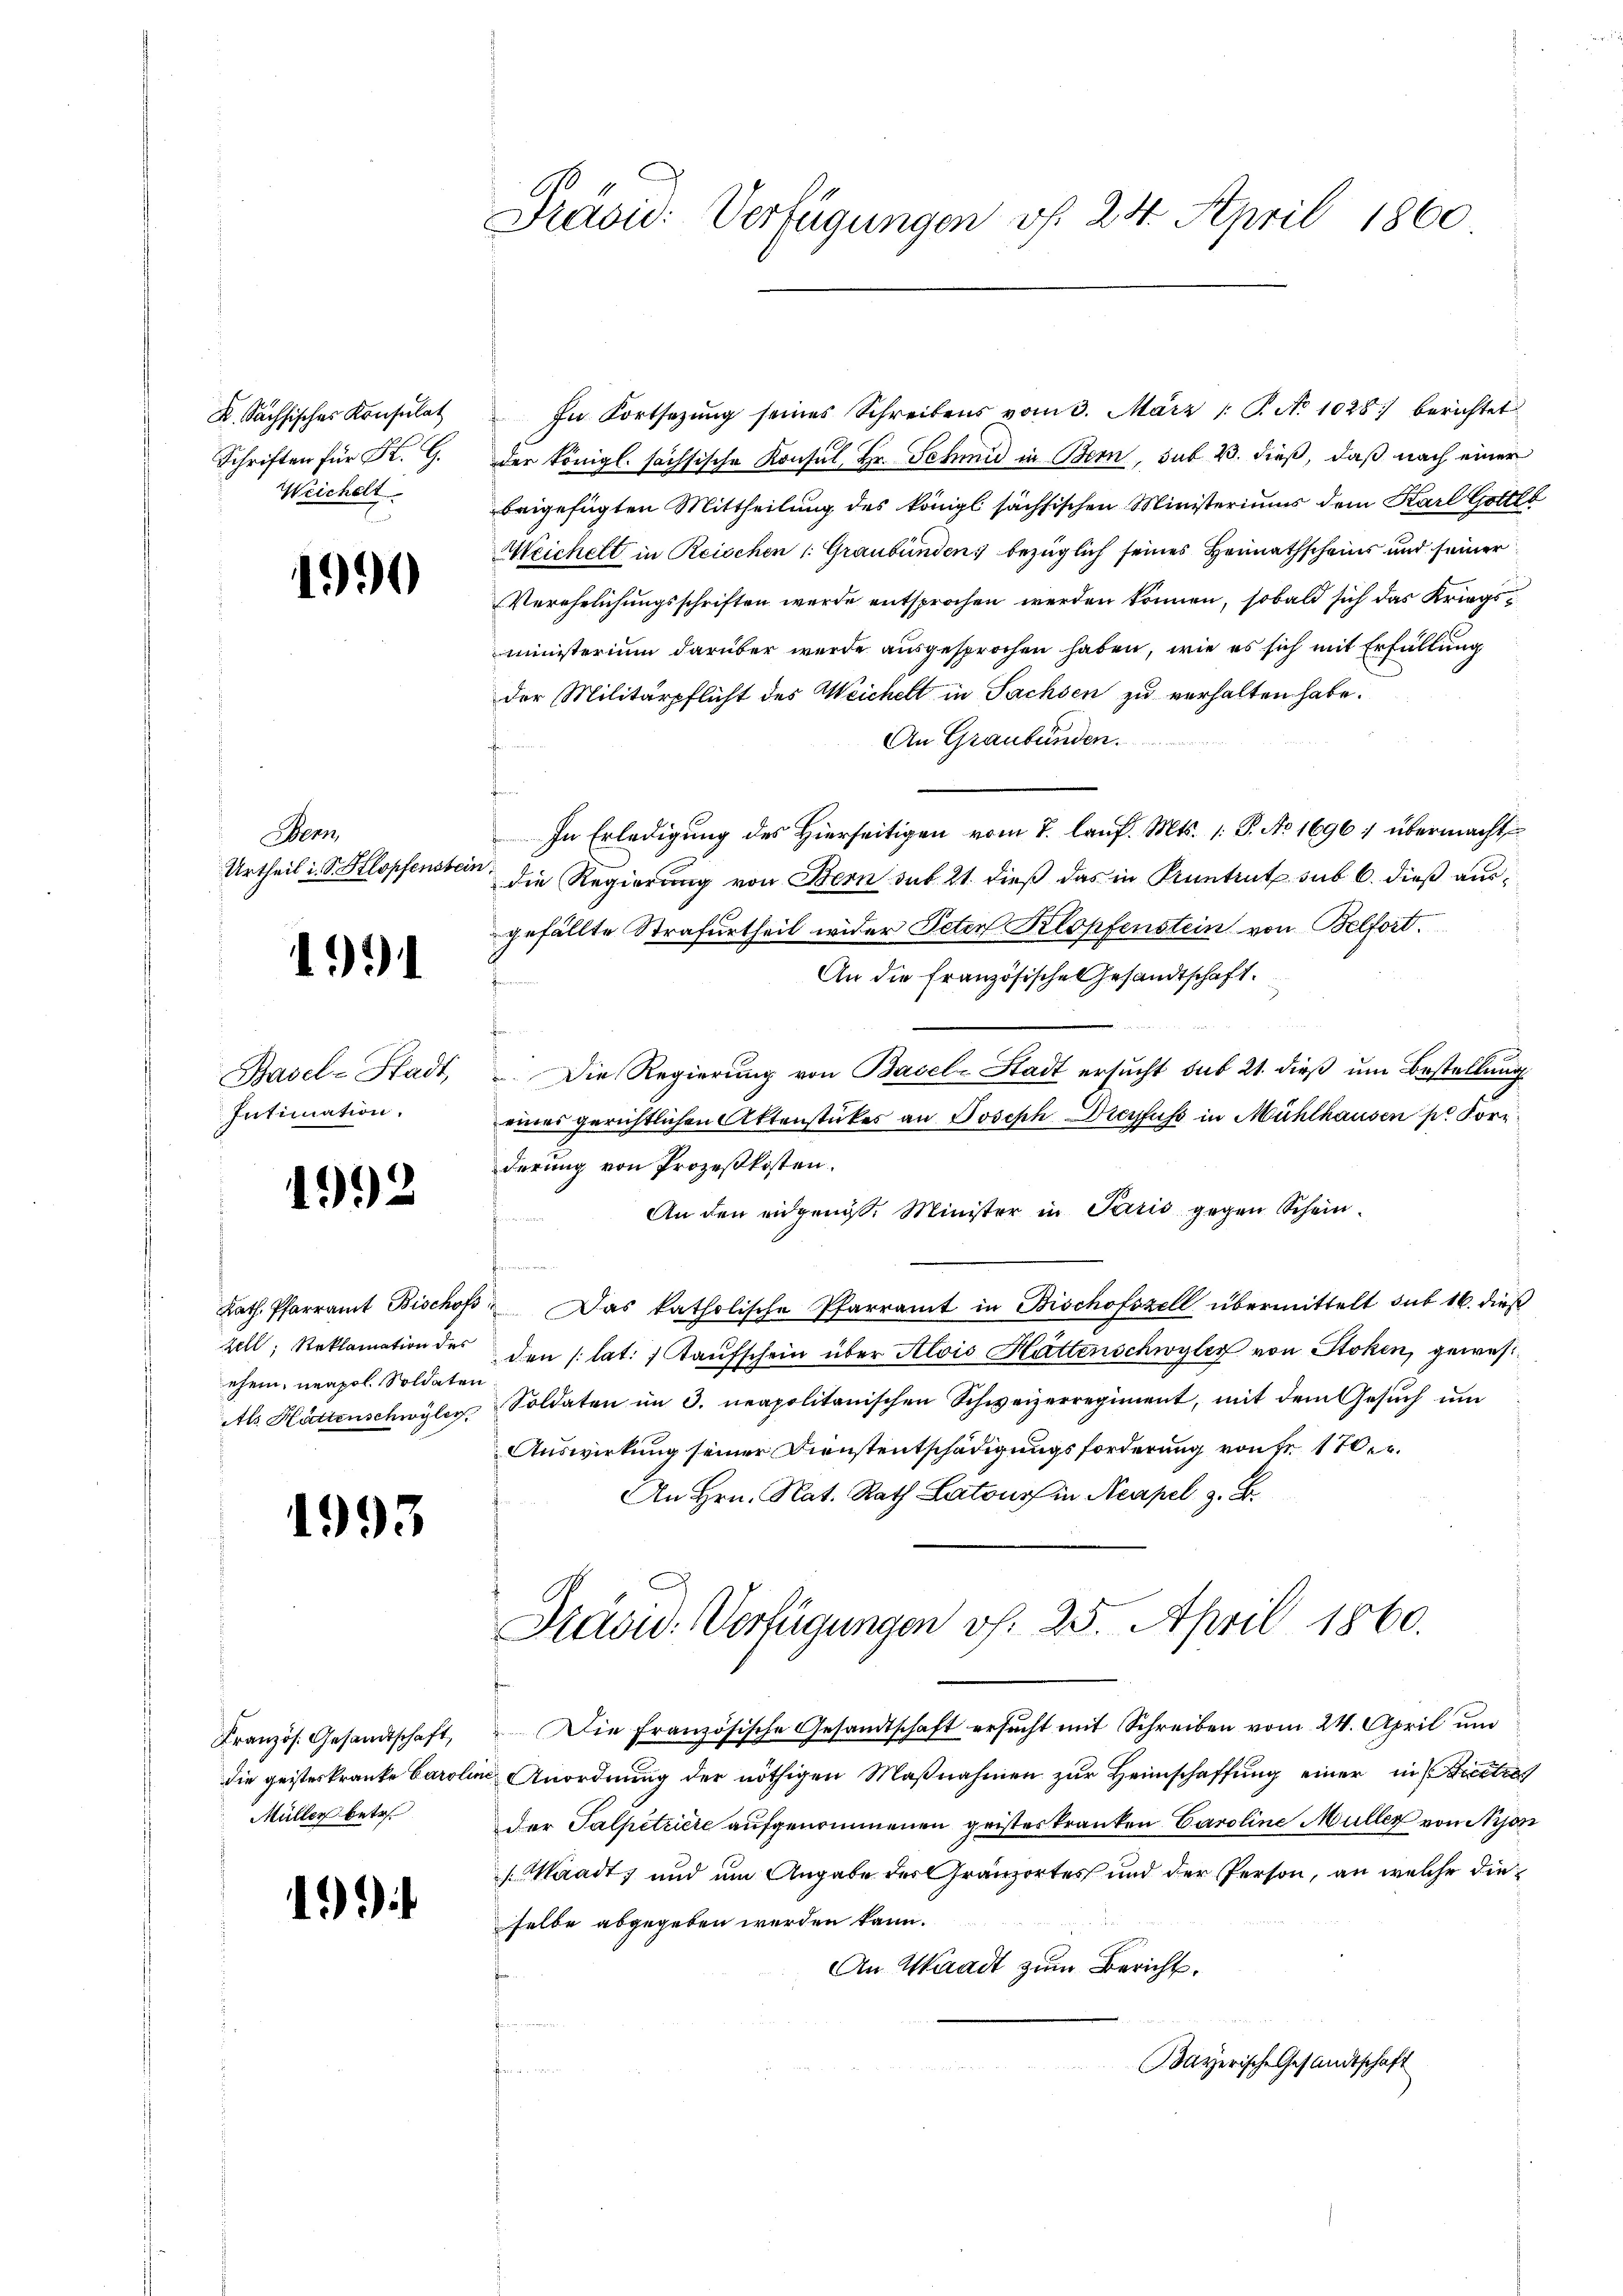
X. Sachsisches Konsulat
Schriften für K. G.
Weichelt

4990

Bern
Urtheil i. S. Klopfenstein

1991

Basel-Stadt,
Intimation.

192

ehen, neapol. Soldaten

1993

Kranzös. Gesandtschaft,
Müller betr.

199

Präsid. Verfügungen f. 24. April 1860

In Fortsetzŭng seines Schreibens vom 3. März 1 S. No 1028 berichtet
der Königl. sächsische Konsul, Hr. Schmid in Bern, sub 2. dieß, daß nach einer
beigefügten Mittheilung des königl. sächsischen Ministeriums dem Karl Gottla
Meichelt in Reischen (: Graubünden, bezüglich seines Heimathscheins und seiner
Verehelichungsschriften werde entsprochen werden können, sobald sich das Kriegsministerium darüber werde ausgesprochen haben, wie es sich mit Erfüllung
der Militärpflicht des Weichelt in Sachsen zu verhalten habe.
An Graubünden.
In Erledigung des Hierseitigen vom 7. lauf. Mts. 1: P. No 1696 ; übermacht
die Regierung von Bern sub. 21. dieß das in Pruntrut sub 6. dieß ausgefällte Strafurtheil wider Peter Klopfenstein von Belfort.
An die Französische Gesandtschaft.
E
Die Regierung von Basel-Stadt ersucht sub 21. dieß um Bestellung
eines gerichtlichen Aktenstückes an Joseph Dreyfuss in Mühlhausen pr. Korr
derung von Prozeßkosten.
An den eidgenös. Minister in Paris gegen Schein¬
Kath. Pfarramt Bischof  Das katholische Pfarramt in Bischofszell übermittelt sub 16. dieß
Zell, Reklamation des den (lat. 7 aufschein über Alois Hattenschwyler von Stoken, gewes
Als Hättenschwyler Soldaten im 3. neapolitanischen Schweizerregiment, mit dem Gesŭch ŭm
Auswirkung seiner Dienstentschädigungsforderung von fr. 170.
An Hrn. Nat. Rath Latour in Neapel, z. B.

Präsid. Verfügungen v. 25. April 1860.

Die französische Gesandtschaft ersŭcht mit Schreiben vom 24. April und
die geisteskranke Caroline Anordnung der nöthigen Maßnahmen zur Heimschaffung einer in retra
der Talpetriere aufgenommenen geistes kranken Caroline Müller von Nyon
Waadt, und um Angabe der Granzortes und der Person, an welche dieselbe abgegeben werden kann.
An Waadt zum Bericht.
Bayerische Gesandtschaft
erner einen